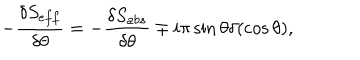
LaTeX: - \frac { \delta S _ { e f f } } { \delta \theta } = - \frac { \delta S _ { a b s } } { \delta \theta } \mp i \pi \sin \theta \delta ( \cos \theta ) ,